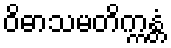
ဝိဓာသမတိက္ကန္တံ